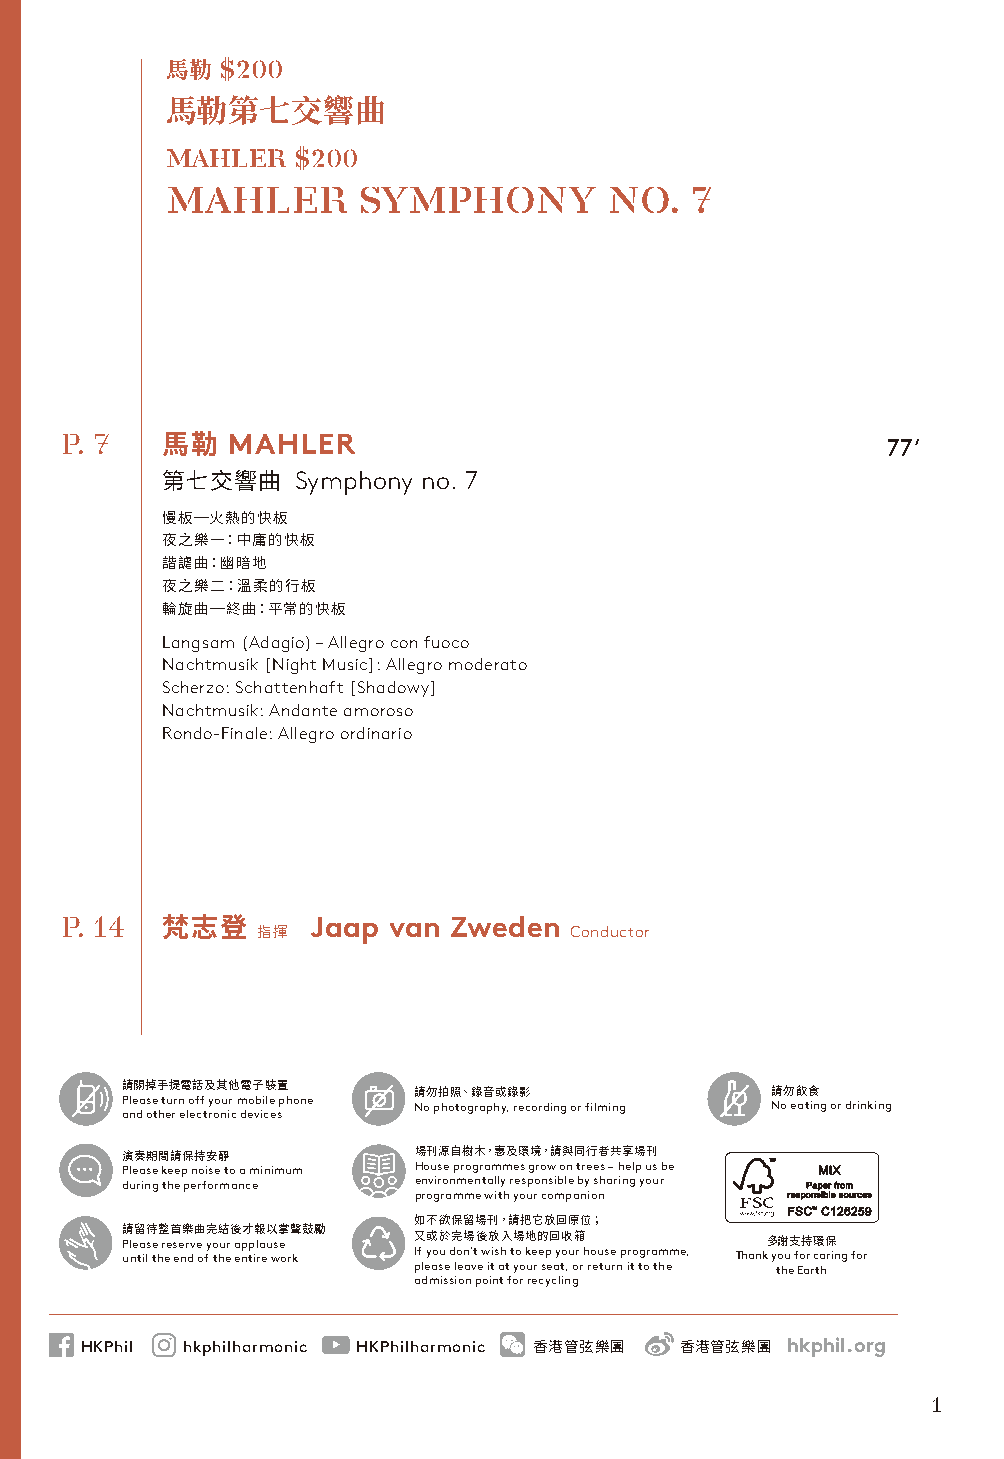
$200
 馬勒
 馬勒第七交響曲
 MAHLER  $200
 MAHLER       SYMPHONY        NO.   7
 P. 7       MAHLER                                      77’
 馬勒
 Symphony no. 7
 第七交響曲
 慢板─火熱的快板
 夜之樂一：中庸的快板
 諧謔曲：幽暗地
 夜之樂二：溫柔的行板
 輪旋曲─終曲：平常的快板
 Langsam (Adagio) – Allegro con fuoco
 Nachtmusik [Night Music]: Allegro moderato
 Scherzo: Schattenhaft [Shadowy]
 Nachtmusik: Andante amoroso
 Rondo-Finale: Allegro ordinario
 P. 14            Jaap van Zweden
 Conductor
 梵志登   指揮
 請Ple關a掉se手 tu提rn電 o話ff及 yo其ur他 m電o子bi裝le 置ph one 請No勿 p拍ho照to、g錄ra音ph或y,錄 re影c ording or filming 請No勿 e飲at食in g or drinking
 and other electronic devices
 演Ple奏a期se間 ke請ep保 n持oi安se靜 to a minimum 場Ho刊us源e 自pr樹og木ra，m惠m及e環s g境r，ow請 o與n 同tr行ee者s –共 h享el場p u刊s be
 during the performance environmentally responsible by sharing your
 programme with your companion
 如不欲保留場刊，請把它放回原位；
 請P ul ne留 ta il待s te h整 r ee 首s ee n樂r dv曲 e o fy完 o th結u er後 a ep n才p ti報l ra e以u ws掌e o r聲 k鼓勵 又 If y或 ou於 d完 on場 ’t後 w放 ish入 t場 o 地 ke的 ep回 yo收 u箱 r h ouse programme, Thank多 yo謝u支 fo持r 環ca保rin g for
 please leave it at your seat, or return it to the the Earth
 admission point for recycling
 HKPhil hkphilharmonic HKPhilharmonic           hkphil.org
 香港管弦樂團    香港管弦樂團
 1